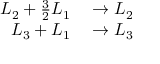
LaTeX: \begin{array} { r l } { L _ { 2 } + { \frac { 3 } { 2 } } L _ { 1 } } & { { } \to L _ { 2 } } \\ { L _ { 3 } + L _ { 1 } } & { { } \to L _ { 3 } } \end{array}